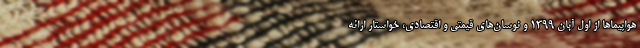
هواپیماها از اول آبان ۱۳۹۹ و نوسان‌های قیمتی و اقتصادی، خواستار ارائه